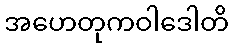
အဟေတုကဝါဒေါတိ